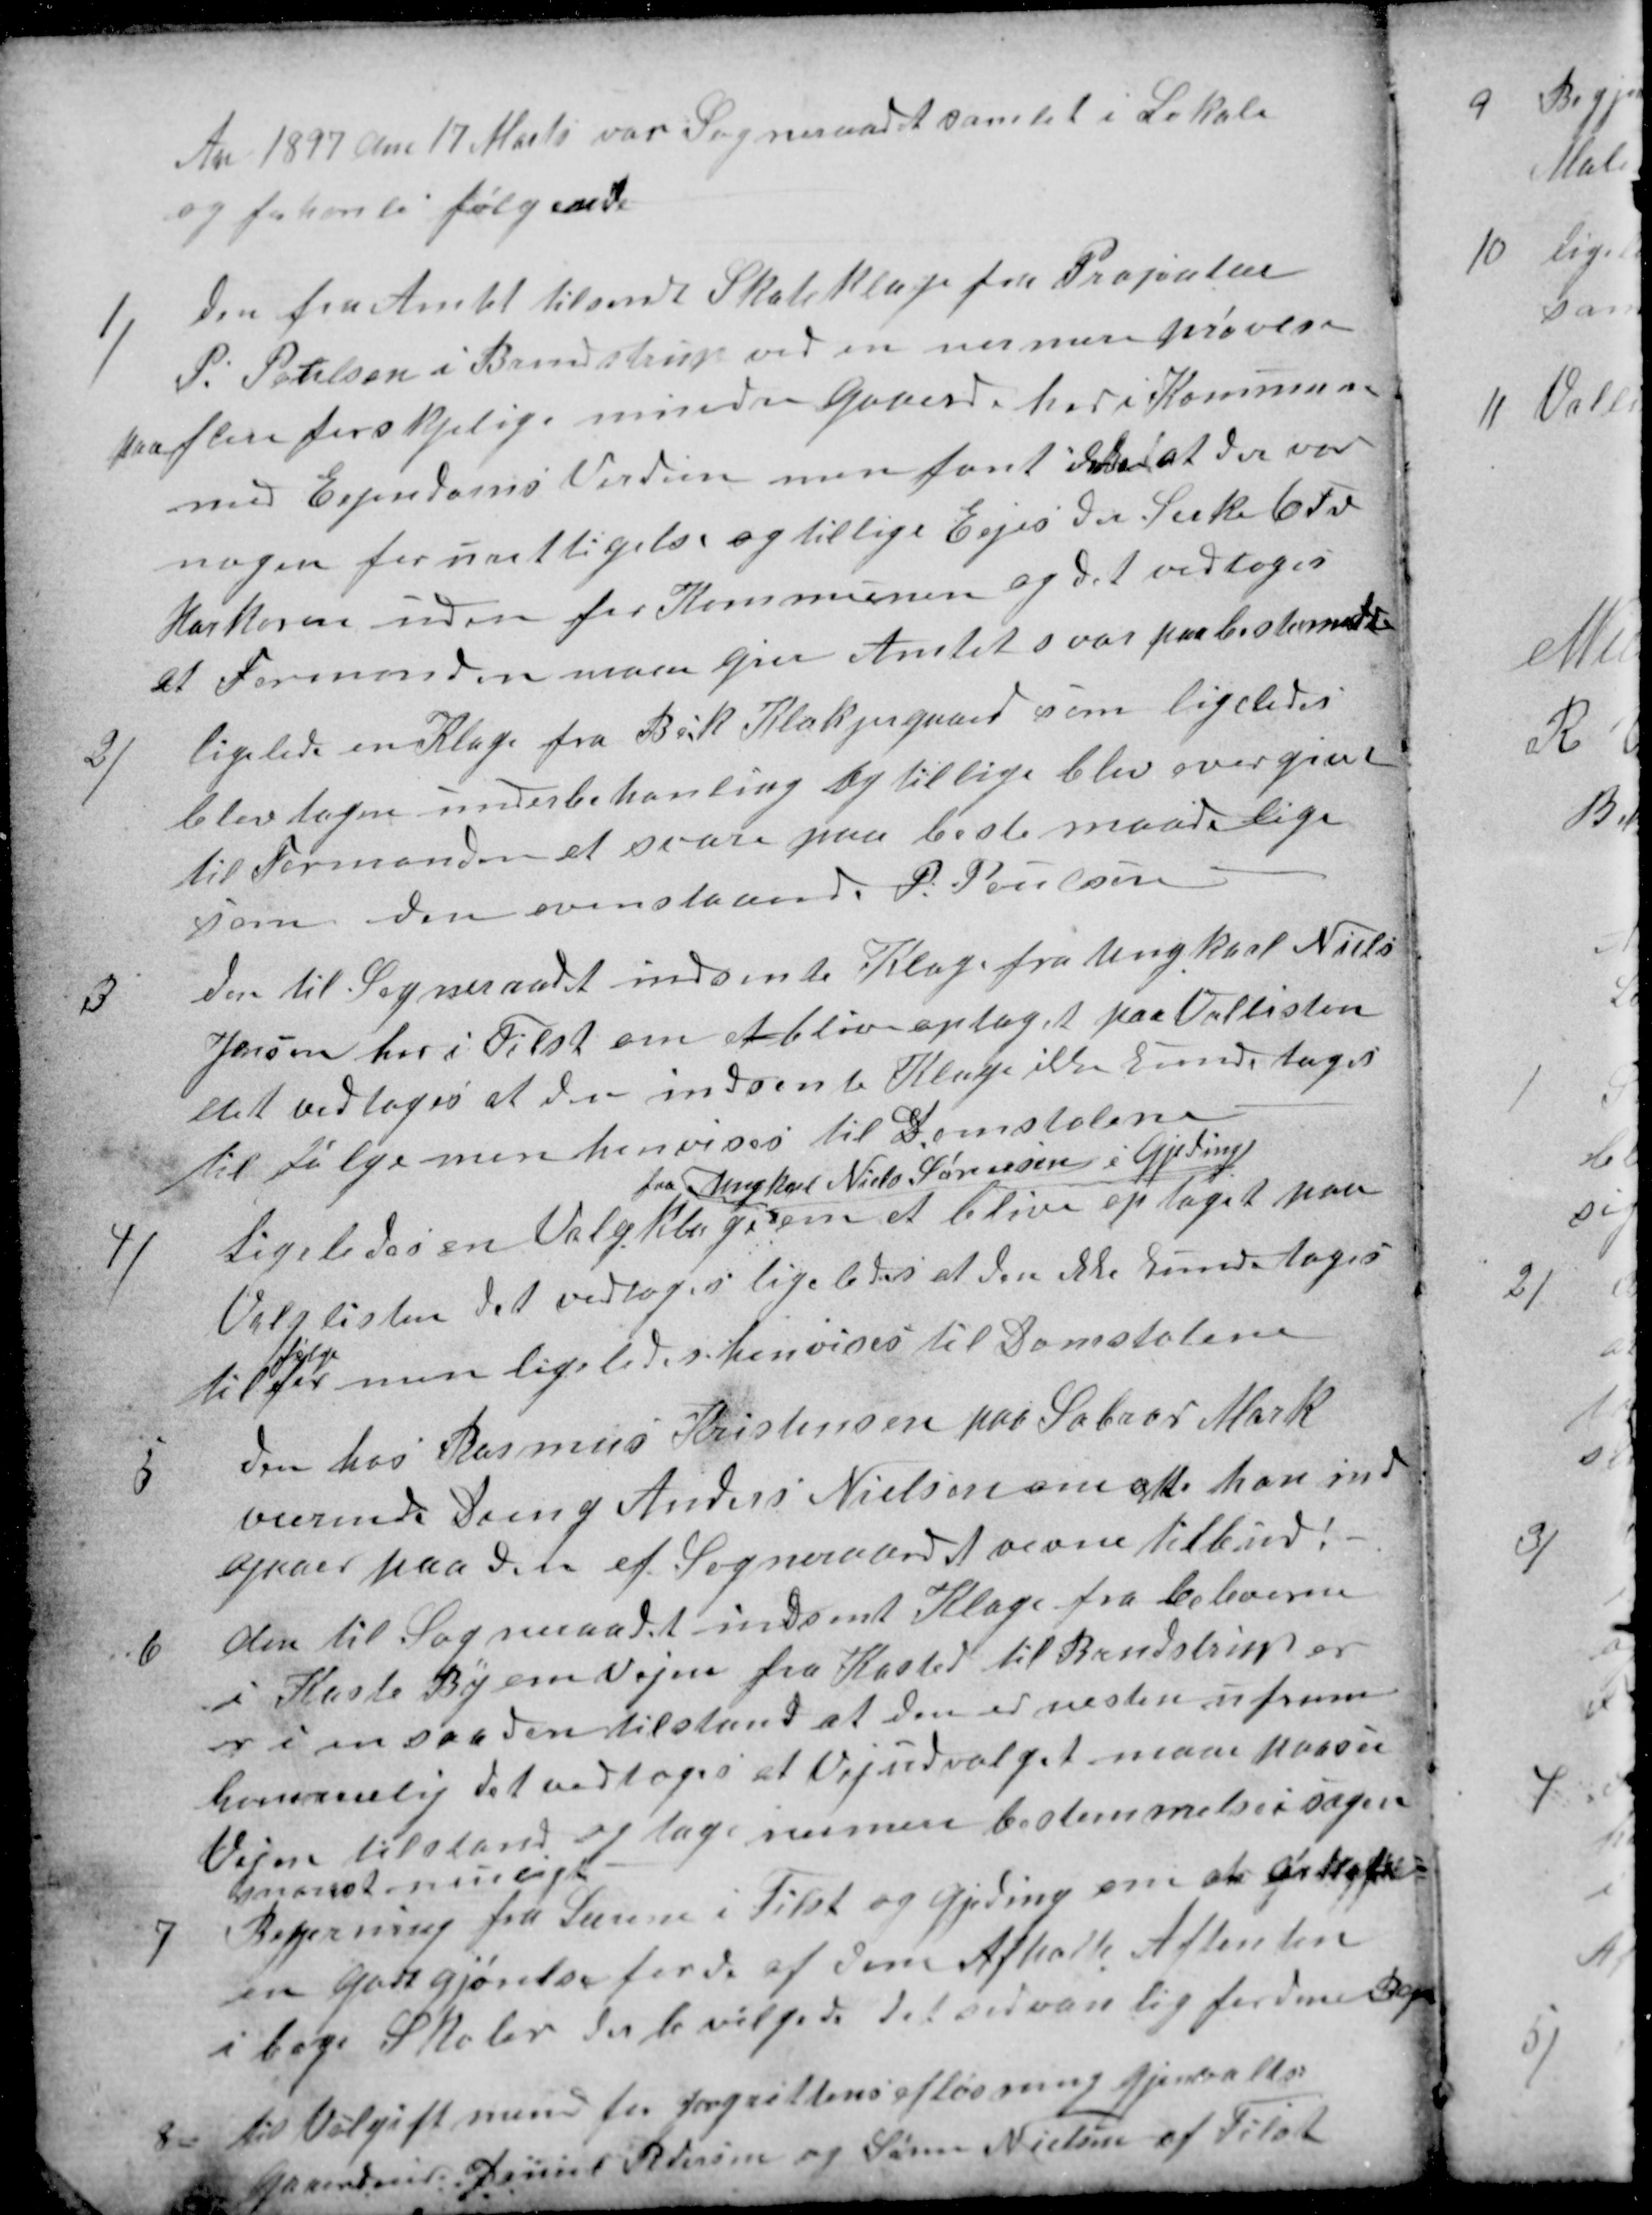
Transskription:
Aar 1897 den 17 Marts var Sogneraadet samlet i Lokale
og forhanle følgende
1)
den fra Amtet tilsendt Skateklage fra Propiatær
P. Poulsen i Brendstrup ved en nermere prøvelse
paa flere forskelige mindre Gaaerde her i Kommuns
med Ejendoms Verdien men fant ikke at der var
nogen forurettigelse og tillige Ejes der Serka 6 Fv
Hartkoren uden for Kommunen og det vedtoges
at Formanden maa give Amtet svar paa bestemte
2)
ligeledes en Klage fra Beck Kolkjergaard som ligeledes
blev tagen underbehanling og tillige blev overgivet
til Formanden et svare paa beste maade lige
som den ovenstaaende P. Poulsen
3
den til Sogneraadet indsente Klage fra Ungkarl Niels
Jensen her i Tilst om at blive optaget paa Vallisten
det vedtoges at den indsente Klage ikke kunde tages
til følge men henvises til Domstolene
4)
Ligeledes en Valgklage
fra Ungkarl Niels Sørensen i Gjeding
om at blive optaget paa
Valglisten det vedtoges ligeledes at den ikke kunde tages
til følge
for
men ligeledes henvises til Domstolene
5
den hos Rasmus Kristensen paa Sabror Mark
værende Dreng Anders Nielsen om at han ind
gaaer paa den af Sogneraad nevne tilbud!
6
den til Sogneraadet indsent Klage fra beboerne
i Kaste By om Vejen fra Kasted til Brendstrup er
er i en saaden tilstand at den er nesten ufrem-
kommelig det vedtoges at Vejudvalget maa paase
Vejen tilstand og tage nermere bestemmelse i sagen
snarest muligt
7
Begjering fra Lærerne i Tilst og Gjeding om at aftale
en Godtgjørelse for de af dem Afholte Aftenskol
i bege Skoler der bevilgede det sedvanlig for dem Bege
8
til Volgift mend for Jagtrettens afløsning gjenvaltes
Gaardeier Daniel Pedersen og Søren Nielsen af Tilst